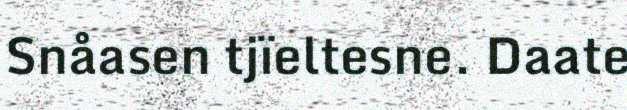
Snåasen tjïeltesne. Daate